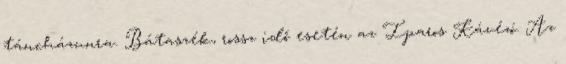
táncházunra. Bátaszék, rossz idő esetén az Iparos Kávézó. Az